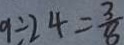
9 \div 2 4 = \frac { 3 } { 8 }